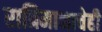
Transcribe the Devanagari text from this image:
रात्रिमानाचेही